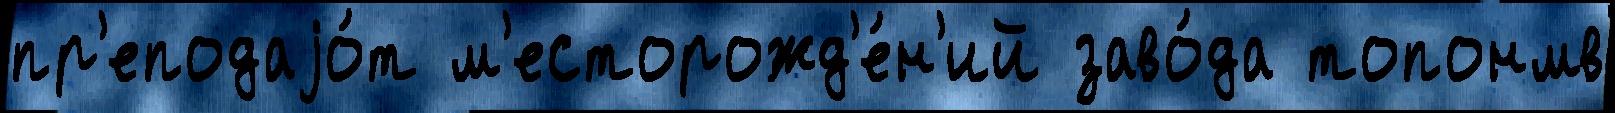
пр'еподаjо́т м'есторожд'е́н'ий заво́да топонмв